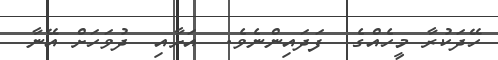
ހޭދަކުރާ މީހެއްގެ  ފަދައިންނެވެ.  އަށާއި  ދުވަހަށް އޭނާ